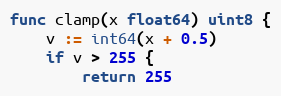
Language: Go
func clamp(x float64) uint8 {
	v := int64(x + 0.5)
	if v > 255 {
		return 255